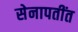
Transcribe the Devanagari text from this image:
सेनापतींत